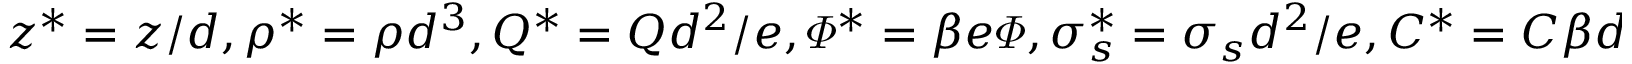
z ^ { * } = z / d , \rho ^ { * } = \rho d ^ { 3 } , Q ^ { * } = Q d ^ { 2 } / e , \varPhi ^ { * } = \beta e \varPhi , \sigma _ { s } ^ { * } = \sigma _ { s } d ^ { 2 } / e , C ^ { * } = C \beta d / e ^ { 2 }